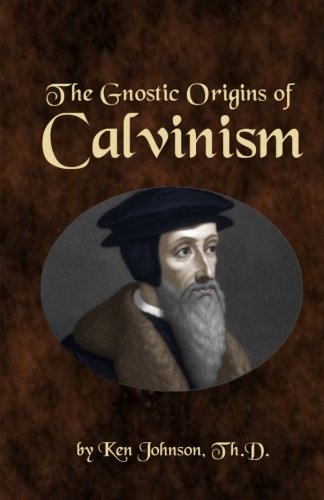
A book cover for The Gnostic Origins of Calvinism; Ken Johnson; Christian Books & Bibles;